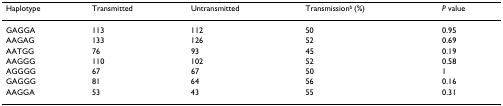
<table><thead><tr><td><b>Haplotype</b></td><td><b>Transmitted</b></td><td><b>Untransmitted</b></td><td><b>Transmission<sup>b </sup>(%)</b></td><td><b><i>P </i>value</b></td></tr></thead><tbody><tr><td>GAGGA</td><td>113</td><td>112</td><td>50</td><td>0.95</td></tr><tr><td>AAGAG</td><td>133</td><td>126</td><td>52</td><td>0.69</td></tr><tr><td>AATGG</td><td>76</td><td>93</td><td>45</td><td>0.19</td></tr><tr><td>AAGGG</td><td>110</td><td>102</td><td>52</td><td>0.58</td></tr><tr><td>AGGGG</td><td>67</td><td>67</td><td>50</td><td>1</td></tr><tr><td>GAGGG</td><td>81</td><td>64</td><td>56</td><td>0.16</td></tr><tr><td>AAGGA</td><td>53</td><td>43</td><td>55</td><td>0.31</td></tr></tbody></table>